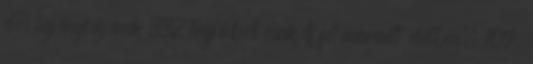
el, legénységének 332 tagjából csak 9 fő maradt életben. 107